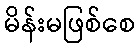
မိန်းမဖြစ်စေ